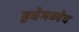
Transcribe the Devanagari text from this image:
हवेमध्येच